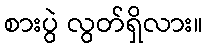
စားပွဲ လွတ်ရှိလား။